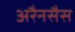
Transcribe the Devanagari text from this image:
अरैनसैस